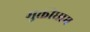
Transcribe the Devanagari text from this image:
मुक्तीधाम